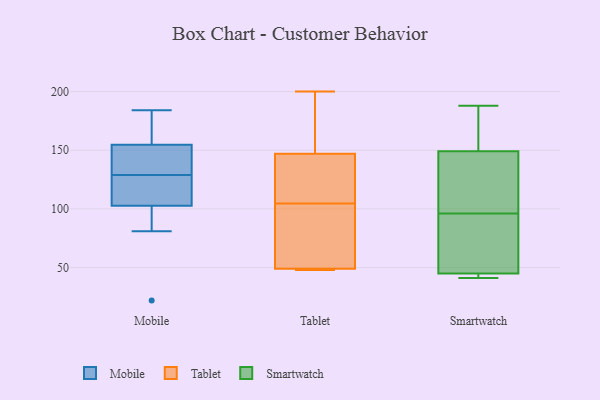
{"axis": {"x": "Satisfaction Score", "y": "Value"}, "legend": ["Mobile", "Smartwatch", "Tablet"], "data": [{"x": "", "y": 81, "type": "Mobile"}, {"x": "", "y": 170, "type": "Mobile"}, {"x": "", "y": 122, "type": "Mobile"}, {"x": "", "y": 120, "type": "Mobile"}, {"x": "", "y": 129, "type": "Mobile"}, {"x": "", "y": 157, "type": "Mobile"}, {"x": "", "y": 97, "type": "Mobile"}, {"x": "", "y": 139, "type": "Mobile"}, {"x": "", "y": 22, "type": "Mobile"}, {"x": "", "y": 148, "type": "Mobile"}, {"x": "", "y": 184, "type": "Mobile"}, {"x": "", "y": 97, "type": "Tablet"}, {"x": "", "y": 48, "type": "Tablet"}, {"x": "", "y": 48, "type": "Tablet"}, {"x": "", "y": 147, "type": "Tablet"}, {"x": "", "y": 68, "type": "Tablet"}, {"x": "", "y": 200, "type": "Tablet"}, {"x": "", "y": 117, "type": "Tablet"}, {"x": "", "y": 198, "type": "Tablet"}, {"x": "", "y": 112, "type": "Tablet"}, {"x": "", "y": 49, "type": "Tablet"}, {"x": "", "y": 48, "type": "Smartwatch"}, {"x": "", "y": 91, "type": "Smartwatch"}, {"x": "", "y": 41, "type": "Smartwatch"}, {"x": "", "y": 151, "type": "Smartwatch"}, {"x": "", "y": 44, "type": "Smartwatch"}, {"x": "", "y": 44, "type": "Smartwatch"}, {"x": "", "y": 42, "type": "Smartwatch"}, {"x": "", "y": 160, "type": "Smartwatch"}, {"x": "", "y": 144, "type": "Smartwatch"}, {"x": "", "y": 109, "type": "Smartwatch"}, {"x": "", "y": 51, "type": "Smartwatch"}, {"x": "", "y": 96, "type": "Smartwatch"}, {"x": "", "y": 109, "type": "Smartwatch"}, {"x": "", "y": 188, "type": "Smartwatch"}, {"x": "", "y": 151, "type": "Smartwatch"}]}